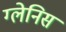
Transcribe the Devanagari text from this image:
ग्लेनिस